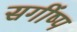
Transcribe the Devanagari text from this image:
सगींष्प